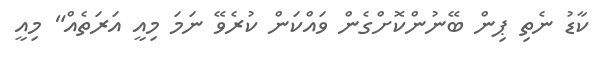
ކާޑު ނެތި ޕިން ބޭނުންކޮށްގެން ވައްކަން ކުރެވޭ ނަމަ މިއީ އަރަތެއް" މިއީ